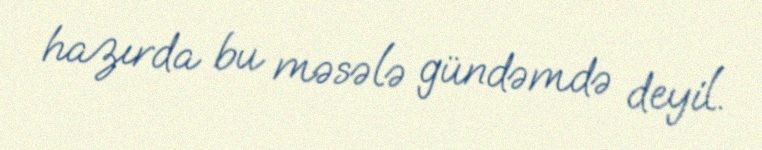
hazırda bu məsələ gündəmdə deyil.